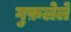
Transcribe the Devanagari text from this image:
गुफ़लेले